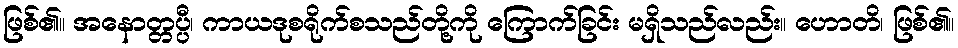
ဖြစ်၏။ အနောတ္တပ္ပီ၊ ကာယဒုစရိုက်စသည်တို့ကို ကြောက်ခြင်း မရှိသည်လည်း။ ဟောတိ၊ ဖြစ်၏။